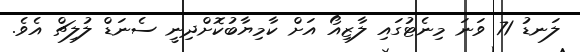
ލަނޑު 71 ވަނަ މިނެޓުގައި ލާޒިއޯ އަށް ކާމިޔާބުކޮށްދިނީ ސެނަޑް ލުލިޗް އެވެ.